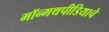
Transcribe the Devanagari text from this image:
मॉन्मथपीडियाचे